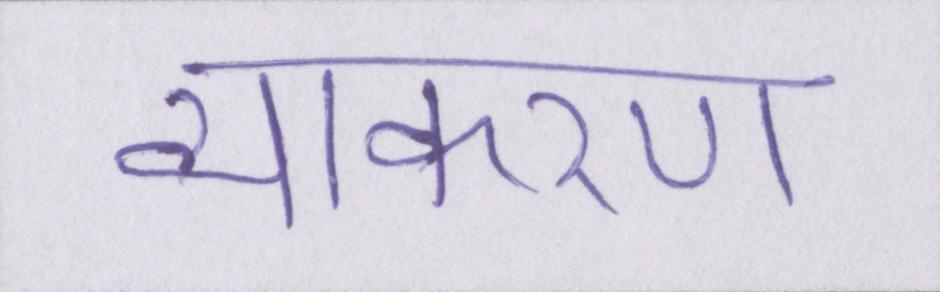
व्याकरण